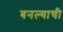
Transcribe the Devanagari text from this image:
बनल्याची